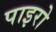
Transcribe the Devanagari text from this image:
पाइरो